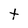
Character: t